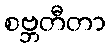
စဗ္ဘတီတာ